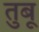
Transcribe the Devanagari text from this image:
तुबू